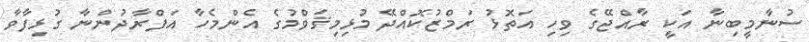
ސުނާމީބިނާ އަކީ ރާއްޖޭގެ ވިހި އަތޮޅު ރަމްޒުކޮއްދޭ މުޅިމިޤަވްމުގެ އެންމެހާ އަފްރާދުންނާ ގުޅިފާވާ